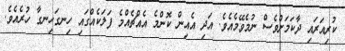
ކުރިއަރައި ދާކަމަށްވެސް ނުމެވޭމެއެވެ. އަދި އެއިން ކޮންމެ އެއްޗެއްމެ ފަލަކެއްގައި ހިނގަހިނގާ ހުރެއެވެ.